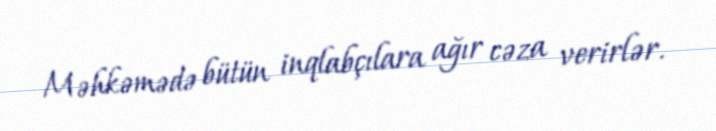
Məhkəmədə bütün inqlabçılara ağır cəza verirlər.